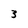
Character: 3